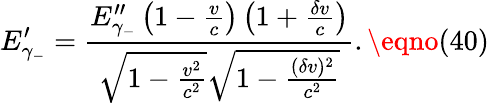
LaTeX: E_{\gamma_{-}}^{\prime}=\frac{E_{\gamma_{-}}^{\prime\prime}\left(1-\frac{v}{c}\right)\left(1+\frac{\delta v}{c}\right)}{\sqrt{1-\frac{v^{2}}{c^{2}}}\sqrt{1-\frac{(\delta v)^{2}}{c^{2}}}}.\eqno(40)